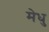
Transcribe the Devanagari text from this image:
मेधु